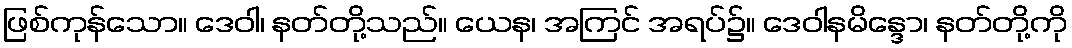
ဖြစ်ကုန်သော။ ဒေဝါ၊ နတ်တို့သည်။ ယေန၊ အကြင် အရပ်၌။ ဒေဝါနမိန္ဒော၊ နတ်တို့ကို